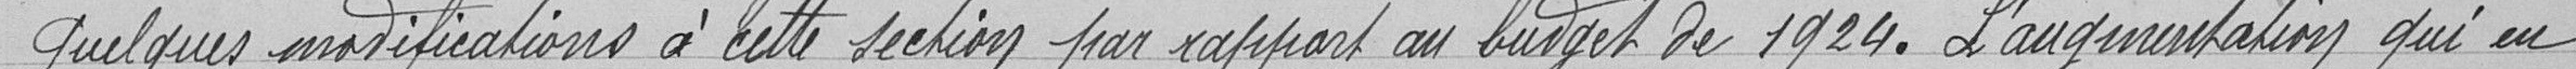
Quelques modifications à cette section par rapport au budget de 1924. L'augmentation qui en